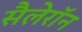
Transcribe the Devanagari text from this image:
सैलेरॉन